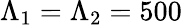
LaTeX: \Lambda_{1}=\Lambda_{2}=500